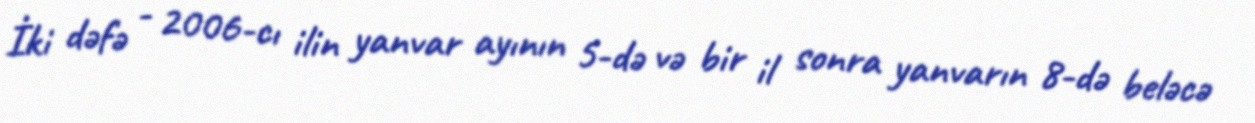
İki dəfə - 2006-cı ilin yanvar ayının 5-də və bir il sonra yanvarın 8-də beləcə